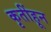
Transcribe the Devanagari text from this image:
कृतींहून